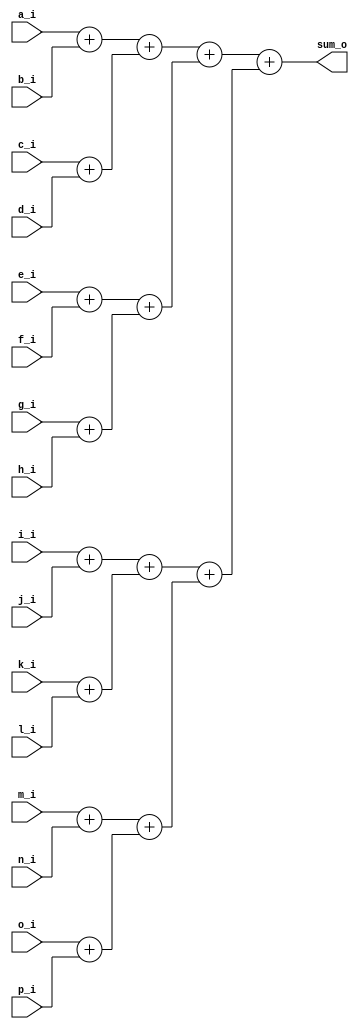
`timescale 1ns / 1ps
//////////////////////////////////////////////////////////////////////////////////
// Company: 
// Engineer: 
// 
// Design Name: 
// Module Name: adder
// Project Name: 
// Target Devices: 
// Tool Versions: 
// Description: 
// 
// Dependencies: 
// 
// Revision:
// Revision 0.01 - File Created
// Additional Comments:
// 
//////////////////////////////////////////////////////////////////////////////////


module adder
(
input [3:0] a_i,
input [3:0] b_i,
input [3:0] c_i,
input [3:0] d_i,
input [3:0] e_i,
input [3:0] f_i,
input [3:0] g_i,
input [3:0] h_i,
input [3:0] i_i,
input [3:0] j_i,
input [3:0] k_i,
input [3:0] l_i,
input [3:0] m_i,
input [3:0] n_i,
input [3:0] o_i,
input [3:0] p_i,
output [7:0] sum_o
);

reg [4:0] ab,cd,ef,gh,ij,kl,mn,op;
reg [5:0] sum1,sum2,sum3,sum4;
reg [6:0] sum5, sum6;
reg [7:0] sum7;

always @(*) begin
    
   ab = a_i + b_i;
   cd = c_i + d_i;
   ef = e_i + f_i;
   gh = g_i + h_i;
   ij = i_i + j_i;
   kl = k_i + l_i;
   mn = m_i + n_i;
   op = o_i + p_i;

   sum1 = ab + cd;
   sum2 = ef + gh;
   sum3 = ij + kl;
   sum4 = mn + op;

   sum5 = sum1 + sum2;
   sum6 = sum3 + sum4;

   sum7 = sum5 + sum6;

end

assign sum_o = sum7;

endmodule